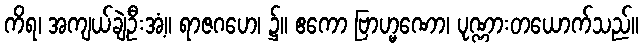
ကိရ၊ အကျယ်ချဲ့ဦးအံ့။ ရာဇဂဟေ၊ ၌။ ဧကော ဗြာဟ္မဏော၊ ပုဏ္ဏားတယောက်သည်။